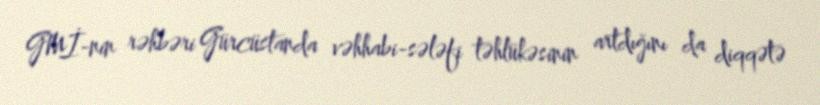
GMİ-nin rəhbəri Gürcüstanda vəhhabi-sələfi təhlükəsinin artdığını da diqqətə